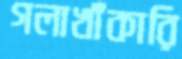
গলাখাঁকারি